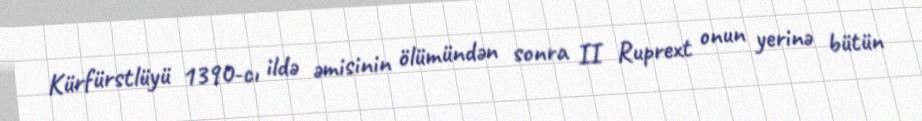
Kürfürstlüyü 1390-cı ildə əmisinin ölümündən sonra II Ruprext onun yerinə bütün